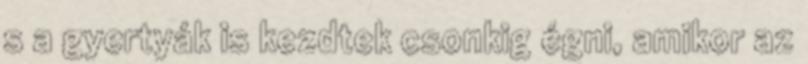
s a gyertyák is kezdtek csonkig égni, amikor az